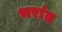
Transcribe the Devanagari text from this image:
भरांत